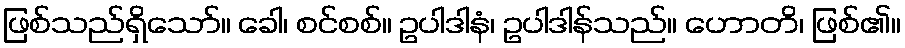
ဖြစ်သည်ရှိသော်။ ခေါ၊ စင်စစ်။ ဥပါဒါနံ၊ ဥပါဒါန်သည်။ ဟောတိ၊ ဖြစ်၏။